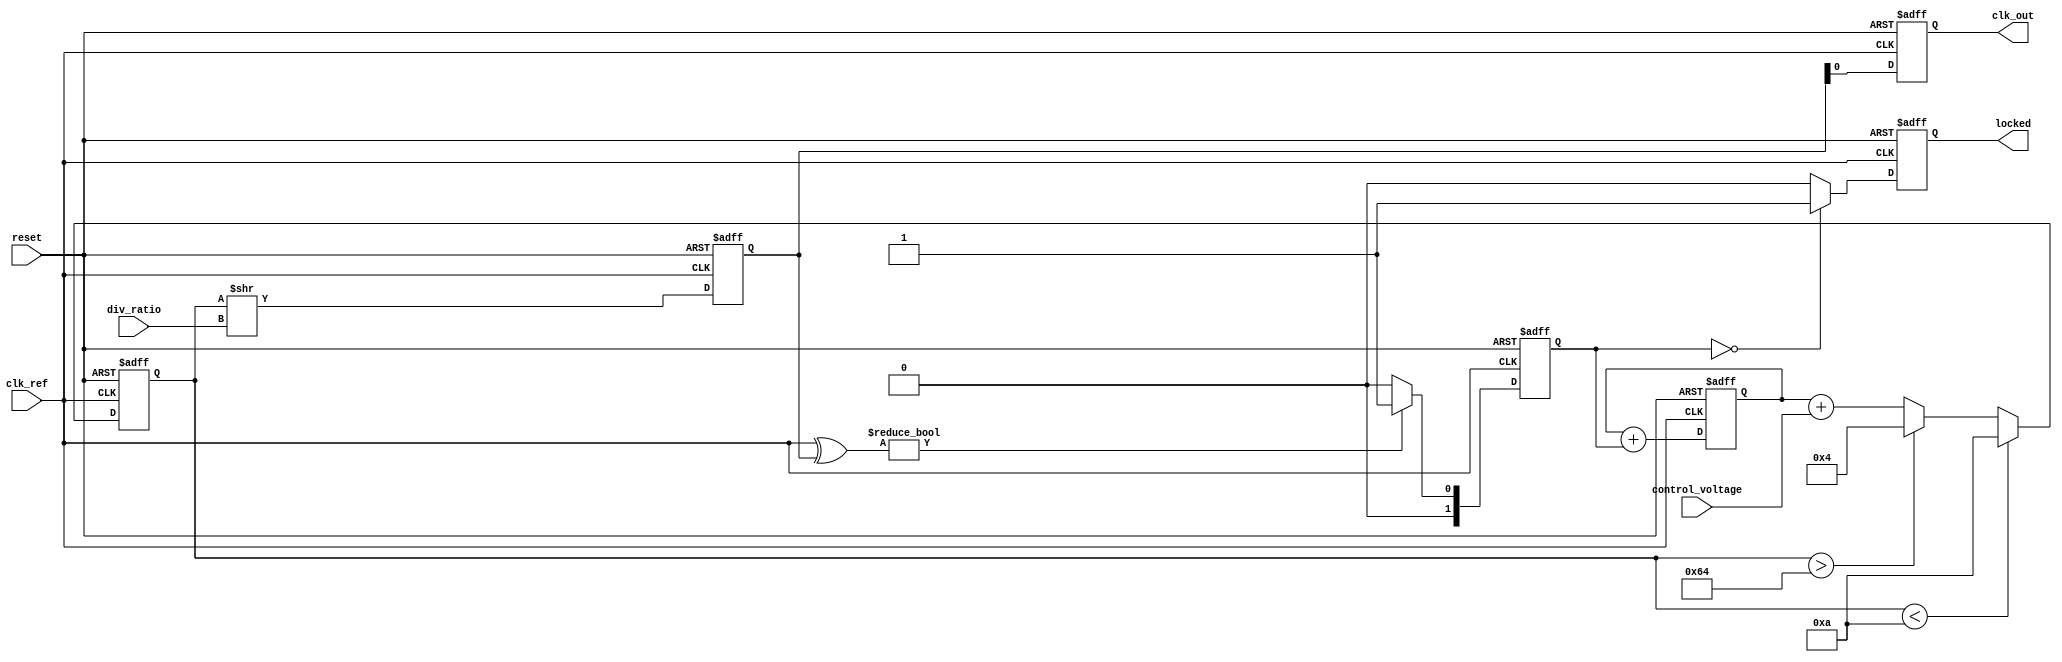
module high_performance_PLL (
    input wire clk_ref,           // Input reference clock
    input wire reset,             // Asynchronous reset
    input wire [1:0] div_ratio,   // Programmable division ratio (2 bits for 1, 2, 4, etc.)
    input wire control_voltage,    // Control voltage input for VCO
    output reg clk_out,           // Output clock
    output reg locked             // Lock status output
);

    // Parameters
    parameter VCO_MAX_FREQ = 100; // Max VCO frequency (arbitrary units)
    parameter VCO_MIN_FREQ = 10;   // Min VCO frequency (arbitrary units)

    // Internal signals
    reg [1:0] phase_error;         // Phase error signal from phase detector
    reg [3:0] vco_freq;            // VCO frequency output
    reg [3:0] feedback_clk;        // Feedback clock signal
    reg [3:0] loop_filter;         // Loop filter output

    // Phase Detector (XOR implementation for simplicity)
    always @(posedge clk_ref or posedge reset) begin
        if (reset) begin
            phase_error <= 2'b00;
        end else begin
            // Compare phase with feedback clock
            phase_error <= (clk_ref ^ feedback_clk) ? 2'b01 : 2'b00; // Simple XOR phase detection
        end
    end

    // Loop Filter (Simple RC model)
    always @(posedge clk_ref or posedge reset) begin
        if (reset) begin
            loop_filter <= 4'b0000;
        end else begin
            // Simple integration of phase error
            loop_filter <= loop_filter + phase_error; // Simple accumulator for loop filter
        end
    end

    // Voltage-Controlled Oscillator (VCO)
    always @(posedge clk_ref or posedge reset) begin
        if (reset) begin
            vco_freq <= VCO_MIN_FREQ;
        end else begin
            // Adjust VCO frequency based on loop filter output
            vco_freq <= loop_filter + control_voltage; // Simplified control
            if (vco_freq > VCO_MAX_FREQ) begin
                vco_freq <= VCO_MAX_FREQ;
            end
            if (vco_freq < VCO_MIN_FREQ) begin
                vco_freq <= VCO_MIN_FREQ;
            end
        end
    end

    // Feedback Divider
    always @(posedge clk_ref or posedge reset) begin
        if (reset) begin
            feedback_clk <= 4'b0000;
        end else begin
            // Simple feedback divider logic
            feedback_clk <= vco_freq >> div_ratio; // Divide VCO frequency by division ratio
        end
    end

    // Output Buffer
    always @(posedge clk_ref or posedge reset) begin
        if (reset) begin
            clk_out <= 1'b0;
            locked <= 1'b0;
        end else begin
            // Generate output clock based on feedback clock
            clk_out <= feedback_clk[0]; // Simple single-ended output
            // Lock detection logic (simplified)
            locked <= (phase_error == 2'b00) ? 1'b1 : 1'b0; // Locked when phase error is zero
        end
    end

endmodule